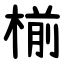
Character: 椾